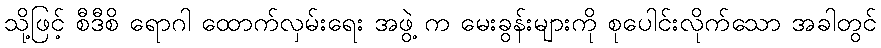
သို့ဖြင့် စီဒီစိ ရောဂါ ထောက်လှမ်းရေး အဖွဲ့ က မေးခွန်းများကို စုပေါင်းလိုက်သော အခါတွင်